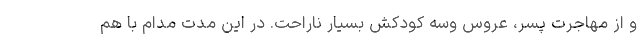
و از مهاجرت پسر، عروس وسه کودکش بسیار ناراحت. در این مدت مدام با هم